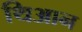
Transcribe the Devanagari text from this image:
थिआन